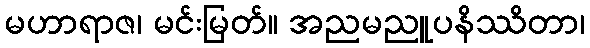
မဟာရာဇ၊ မင်းမြတ်။ အညမညူပနိဿိတာ၊